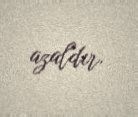
azaldır.